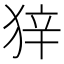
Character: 𰡒